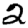
Digit: 2